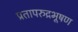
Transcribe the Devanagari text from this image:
प्रतापरुद्रभूषण